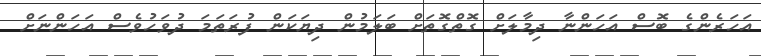
އަހަރެންގެ ބޮސް އަހަންނާ ދިމާލަށް ގޮތްގޮތަށް ބަލަމުން ދިޔަކަން ފުރަތަމަ ދުވަހުވެސް އަހަންނަށް